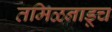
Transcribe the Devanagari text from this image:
तमिळनाडूच